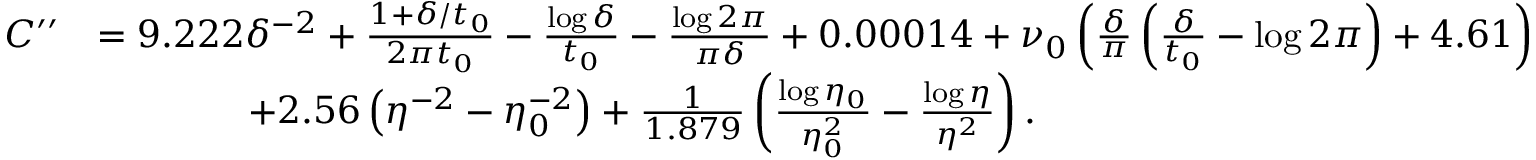
\begin{array} { r l } { C ^ { \prime \prime } } & { = 9 . 2 2 2 \delta ^ { - 2 } + \frac { 1 + \delta / t _ { 0 } } { 2 \pi t _ { 0 } } - \frac { \log \delta } { t _ { 0 } } - \frac { \log 2 \pi } { \pi \delta } + 0 . 0 0 0 1 4 + \nu _ { 0 } \left( \frac { \delta } { \pi } \left( \frac { \delta } { t _ { 0 } } - \log 2 \pi \right) + 4 . 6 1 \right) } \\ & { \qquad \qquad + 2 . 5 6 \left( \eta ^ { - 2 } - \eta _ { 0 } ^ { - 2 } \right) + \frac { 1 } { 1 . 8 7 9 } \left( \frac { \log \eta _ { 0 } } { \eta _ { 0 } ^ { 2 } } - \frac { \log \eta } { \eta ^ { 2 } } \right) . } \end{array}